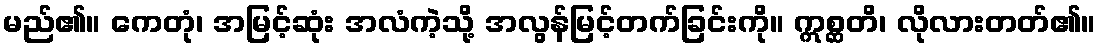
မည်၏။ ကေတုံ၊ အမြင့်ဆုံး အလံကဲ့သို့ အလွန်မြင့်တက်ခြင်းကို။ ဣစ္ဆတိ၊ လိုလားတတ်၏။